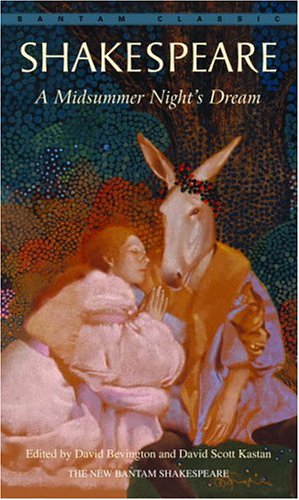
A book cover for A Midsummer Night's Dream; William Shakespeare; Literature & Fiction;